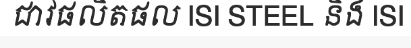
ជាវផលិតផល ISI STEEL និង ISI